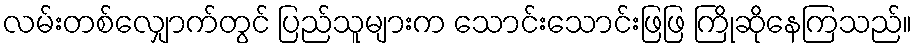
လမ်းတစ်လျှောက်တွင် ပြည်သူများက သောင်းသောင်းဖြဖြ ကြိုဆိုနေကြသည်။